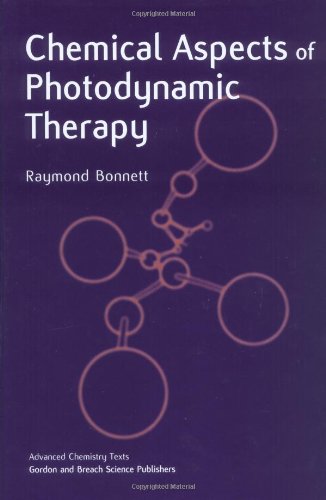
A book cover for Chemical Aspects of Photodynamic Therapy (Advanced Chemistry Texts); Raymond Bonnett; Science & Math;